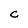
Character: C